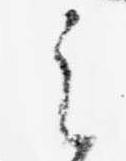
之